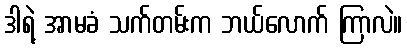
ဒါရဲ့ အာမခံ သက်တမ်းက ဘယ်လောက် ကြာလဲ။